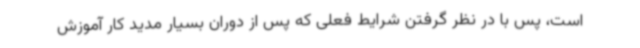
است، پس با در نظر گرفتن شرایط فعلی که پس از دوران بسیار مدید کار آموزش